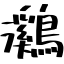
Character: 鸂